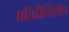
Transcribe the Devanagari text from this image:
प्रतिदीप्तिशील